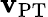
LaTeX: \mathbf{v}_{\mathrm{{PT}}}